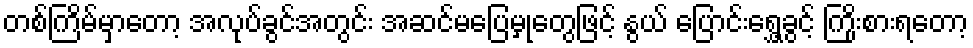
တစ်ကြိမ်မှာတော့ အလုပ်ခွင်အတွင်း အဆင်မပြေမှုတွေဖြင့် နွယ် ပြောင်းရွှေ့ခွင့် ကြိုးစားရတော့